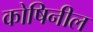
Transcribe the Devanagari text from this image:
कोषिनील